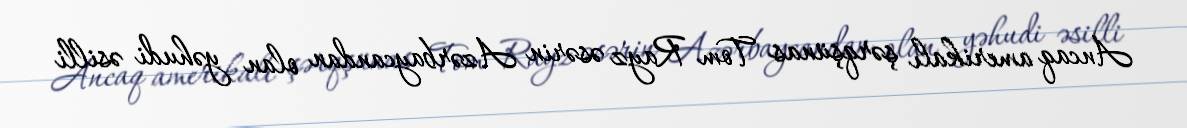
Ancaq amerikalı şərqşünas Tom Rayz əsərin Azərbaycandan olan yəhudi əsilli